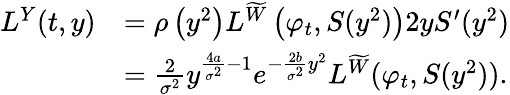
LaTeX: \begin{array}{rl}{L^{Y}(t,y)}&{=\rho\left(y^{2}\right)L^{\widetilde W}\left(\varphi_{t},S(y^{2})\right)2yS^{\prime}(y^{2})}\\ &{=\frac{2}{\sigma^{2}}y^{\frac{4a}{\sigma^{2}}-1}e^{-\frac{2b}{\sigma^{2}}y^{2}}L^{\widetilde W}(\varphi_{t},S(y^{2})).}\end{array}